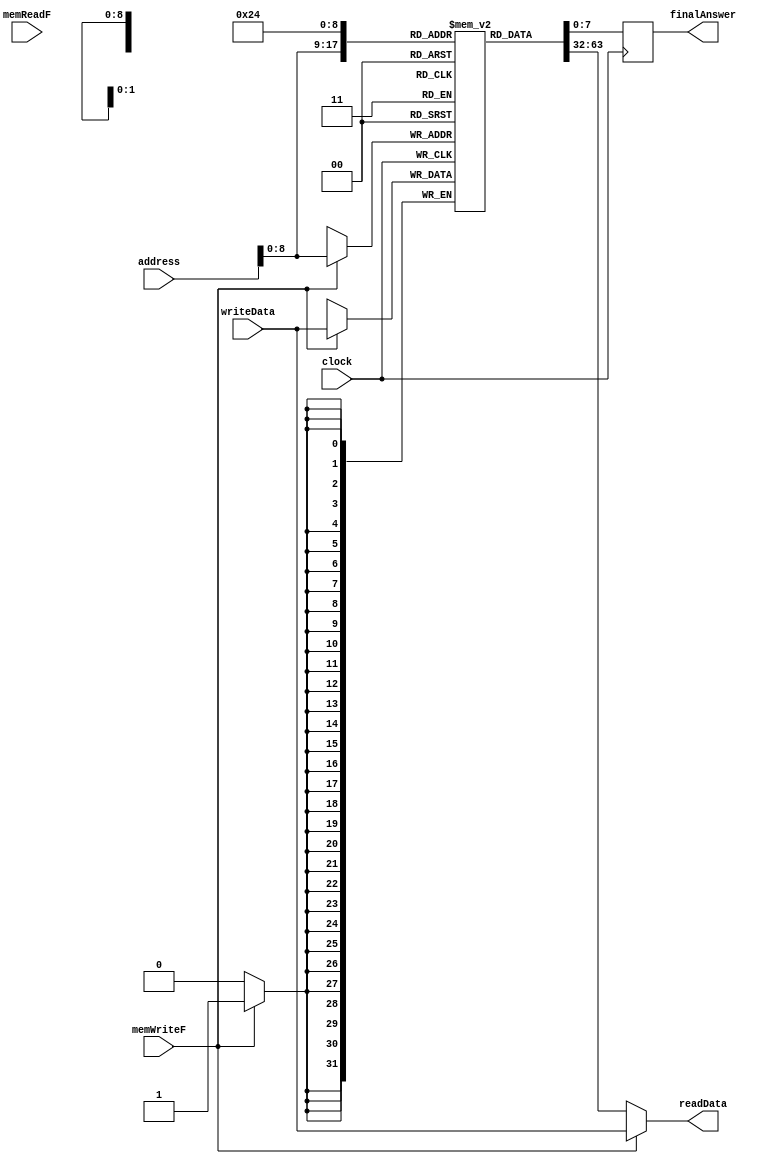
/*------------------------------------------------------------------ 
-- Haley Whitman & Andrew Hill
-- May 2016
-- CAES: Computer Architecture and Embedded Systems Laboratory
-- University of Oregon
-- Eugene, OR
-- 
--  
-- Filename: Data_Memory.v
--
-----------------------------------------------------------------*/

module Data_Memory(
	input[31:0] address,
	input[31:0] writeData,
	input memWriteF,
	input memReadF,
	input clock,
	output reg[7:0] finalAnswer,
	output[31:0] readData //ReadToWriteMux
	);

parameter RAM_SIZE = 300;
reg [31:0] DATA_RAM [RAM_SIZE:0];

always@(posedge clock)begin
	
	if(memWriteF)begin
	
		DATA_RAM[address] <= writeData;

		end
end

assign readData = memWriteF ?  writeData : DATA_RAM[address][31:0];
always@(posedge clock) begin
	finalAnswer = DATA_RAM[36][7:0];
end
//assign finalAnswer = DATA_RAM[31][7:0];
endmodule